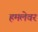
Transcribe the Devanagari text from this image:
हमलेवर